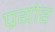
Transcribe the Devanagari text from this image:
प्रयोर